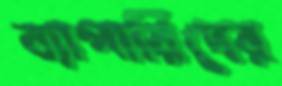
ব্যাপারিদের